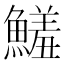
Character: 鱃